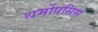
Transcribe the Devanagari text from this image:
थर्मोपसिस